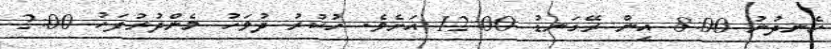
ހެނދުނު 8:00 އިން ރޭގަނޑު 12:00 އަށެވެ. ހުކުރު ދުވަހު މެންދުރުފަހު 2:00